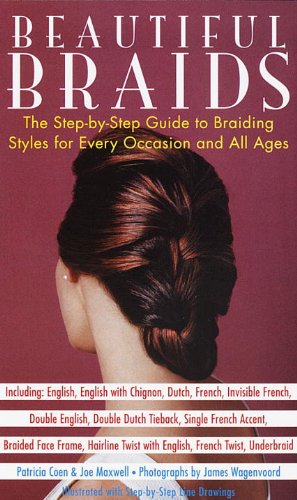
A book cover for Beautiful Braids: The Step-by-Step Guide to Braiding Styles for Every Occasion and All Ages; Patricia Coen; Health, Fitness & Dieting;